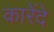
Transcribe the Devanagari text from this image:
कारेंदे